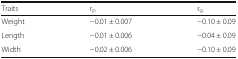
<table><thead><tr><td><b>Traits</b></td><td><b>r<sub>p</sub></b></td><td><b>r<sub>g</sub></b></td></tr></thead><tbody><tr><td>Weight</td><td>−0.01 ± 0.007</td><td>−0.10 ± 0.09</td></tr><tr><td>Length</td><td>−0.01 ± 0.006</td><td>−0.04 ± 0.09</td></tr><tr><td>Width</td><td>−0.02 ± 0.006</td><td>−0.10 ± 0.09</td></tr></tbody></table>